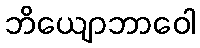
ဘိယျောဘာဝေါ